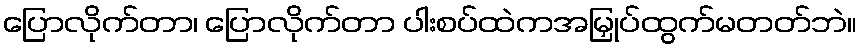
ပြောလိုက်တာ၊ ပြောလိုက်တာ ပါးစပ်ထဲကအမြှုပ်ထွက်မတတ်ဘဲ။